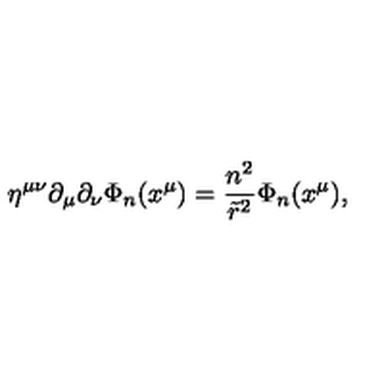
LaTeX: \eta ^ { \mu \nu } \partial _ { \mu } \partial _ { \nu } \Phi _ { n } ( x ^ { \mu } ) = \frac { n ^ { 2 } } { { \tilde { r } } ^ { 2 } } \Phi _ { n } ( x ^ { \mu } ) ,